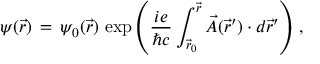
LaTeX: \psi ( \vec { r } ) \, = \, \psi _ { 0 } ( \vec { r } ) \, \exp \left( \frac { i e } { \hbar c } \int _ { { \vec { r } } _ { 0 } } ^ { \vec { r } } \vec { A } ( \vec { r } \prime ) \cdot d \vec { r } \prime \right) \, ,